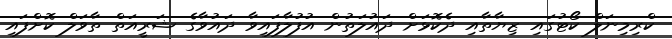
ކްރިމިނަލް ކޯޓުގައި ޒިޔާތާއި ދެކޮޅަށް ދައުލަތުން އުފުލާފައިވާ ދައުވާގެ ޝަރީއަތް ތާވަލް ކޮށްފައި